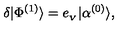
\delta | \Phi ^ { ( 1 ) } \rangle = e _ { _ V } | \alpha ^ { ( 0 ) } \rangle ,